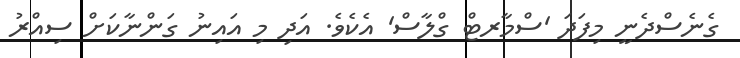
ގެނެސްދެނީ މިފަދަ 'ސްމާރޓް ގްލާސް' އެކެވެ. އަދި މި އައިނު ގަންނާކަށް ސިއްރު